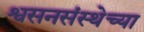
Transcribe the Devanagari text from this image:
श्वसनसंस्थेच्या